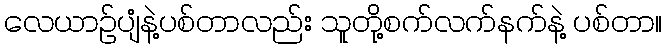
လေယာဉ်ပျံနဲ့ပစ်တာလည်း သူတို့စက်လက်နက်နဲ့ ပစ်တာ။